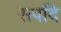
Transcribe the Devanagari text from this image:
सपदि